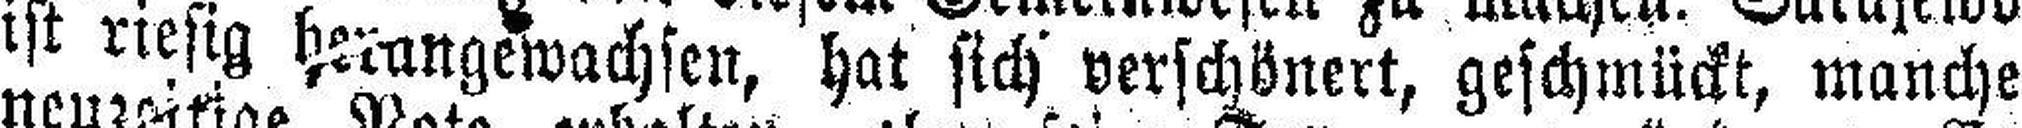
ist riesig herangewachsen, hat sich verschönert, geschmückt, manche